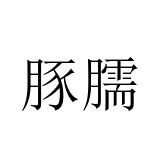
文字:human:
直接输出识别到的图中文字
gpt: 豚臑